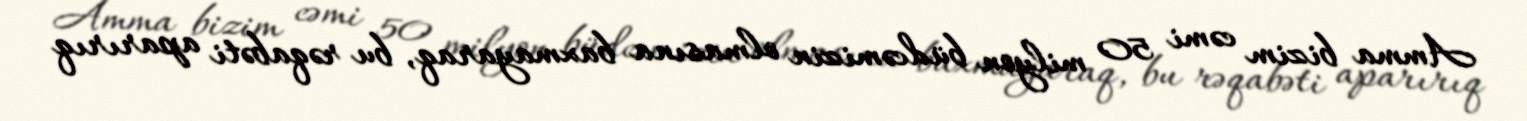
Amma bizim cəmi 50 milyon büdcəmizin olmasına baxmayaraq, bu rəqabəti aparırıq